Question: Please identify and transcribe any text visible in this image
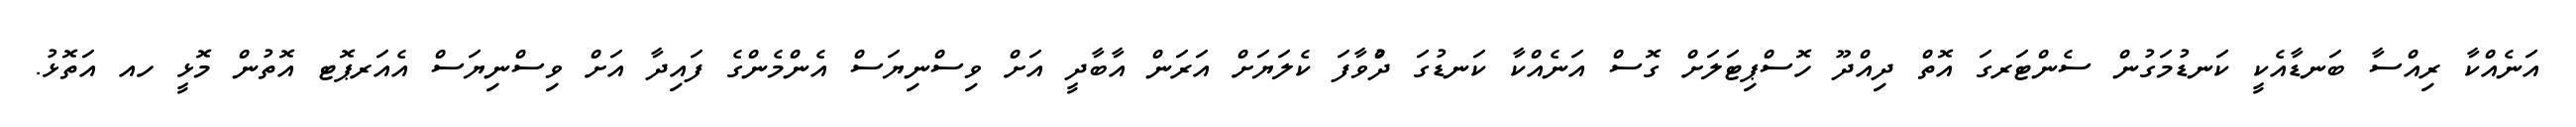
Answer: އަނެއްކާ ރިއްސާ ބަނޑާއެކީ ކަނޑުމަގުން ސެންޓަރގަ އޮތް ދިއްދޫ ހޮސްޕިޓަލަށް ގޮސް އަނެއްކާ ކަނޑުގަ ދުްވާފަ ކެލަޔަށް އަރަން އާބާދީ އަށް ވިސްނިޔަސް އެންމެންގެ ފައިދާ އަށް ވިސްނިޔަސް އެއަރޕޮޓ އޮތުން މޮޅީ ހއ އަތޮޅު.